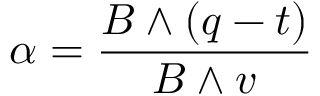
\alpha = { \frac { B \wedge ( q - t ) } { B \wedge v } }